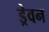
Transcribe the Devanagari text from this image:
ड्रेवन